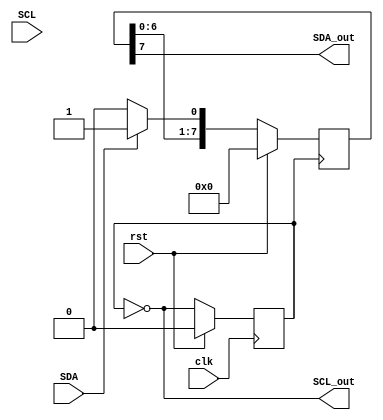
module I2C_controller (
   input wire clk,
   input wire rst,
   input wire SDA,
   input wire SCL,
   output wire SDA_out,
   output wire SCL_out
);

// Clock signal generation
reg clk_div;
always @(posedge clk) begin
   if (rst) begin
      clk_div <= 0;
   end else begin
      clk_div <= ~clk_div;
   end
end

// Start and stop condition handling
reg start_condition;
always @(posedge clk_div) begin
   if (rst) begin
      start_condition <= 0;
   end else begin
      start_condition <= SDA && (SDA_out ^ SDA);
   end
end

reg stop_condition;
always @(posedge clk_div) begin
   if (rst) begin
      stop_condition <= 0;
   end else begin
      stop_condition <= SDA && (SDA_out ^ SDA);
   end
end

// Data synchronization
reg [7:0] data_reg;
always @(posedge clk_div) begin
   if (rst) begin
      data_reg <= 8'b0;
   end else begin
      data_reg <= SDA ? {data_reg[6:0], SDA} : {data_reg[6:0], 1'b0};
   end
end

// Arbitration handling
reg [1:0] device_address;
always @(posedge clk_div) begin
   if (rst) begin
      device_address <= 2'b00;
   end else begin
      device_address <= (SDA && SCL) ? {{2{device_address[1]}}, SDA} : device_address;
   end
end

// Control signal generation
assign SDA_out = data_reg[7];
assign SCL_out = ~clk_div;

endmodule